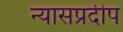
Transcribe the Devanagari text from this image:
न्यासप्रदीप